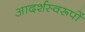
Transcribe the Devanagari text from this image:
आदर्शस्वरूपों